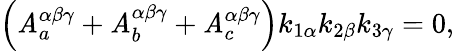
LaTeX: \left({\cal\mathit{A}}_{a}^{\alpha\beta\gamma}+{\cal\mathit{A}}_{b}^{\alpha\beta\gamma}+{\cal\mathit{A}}_{c}^{\alpha\beta\gamma}\right)k_{1\alpha}k_{2\beta}k_{3\gamma}=0,